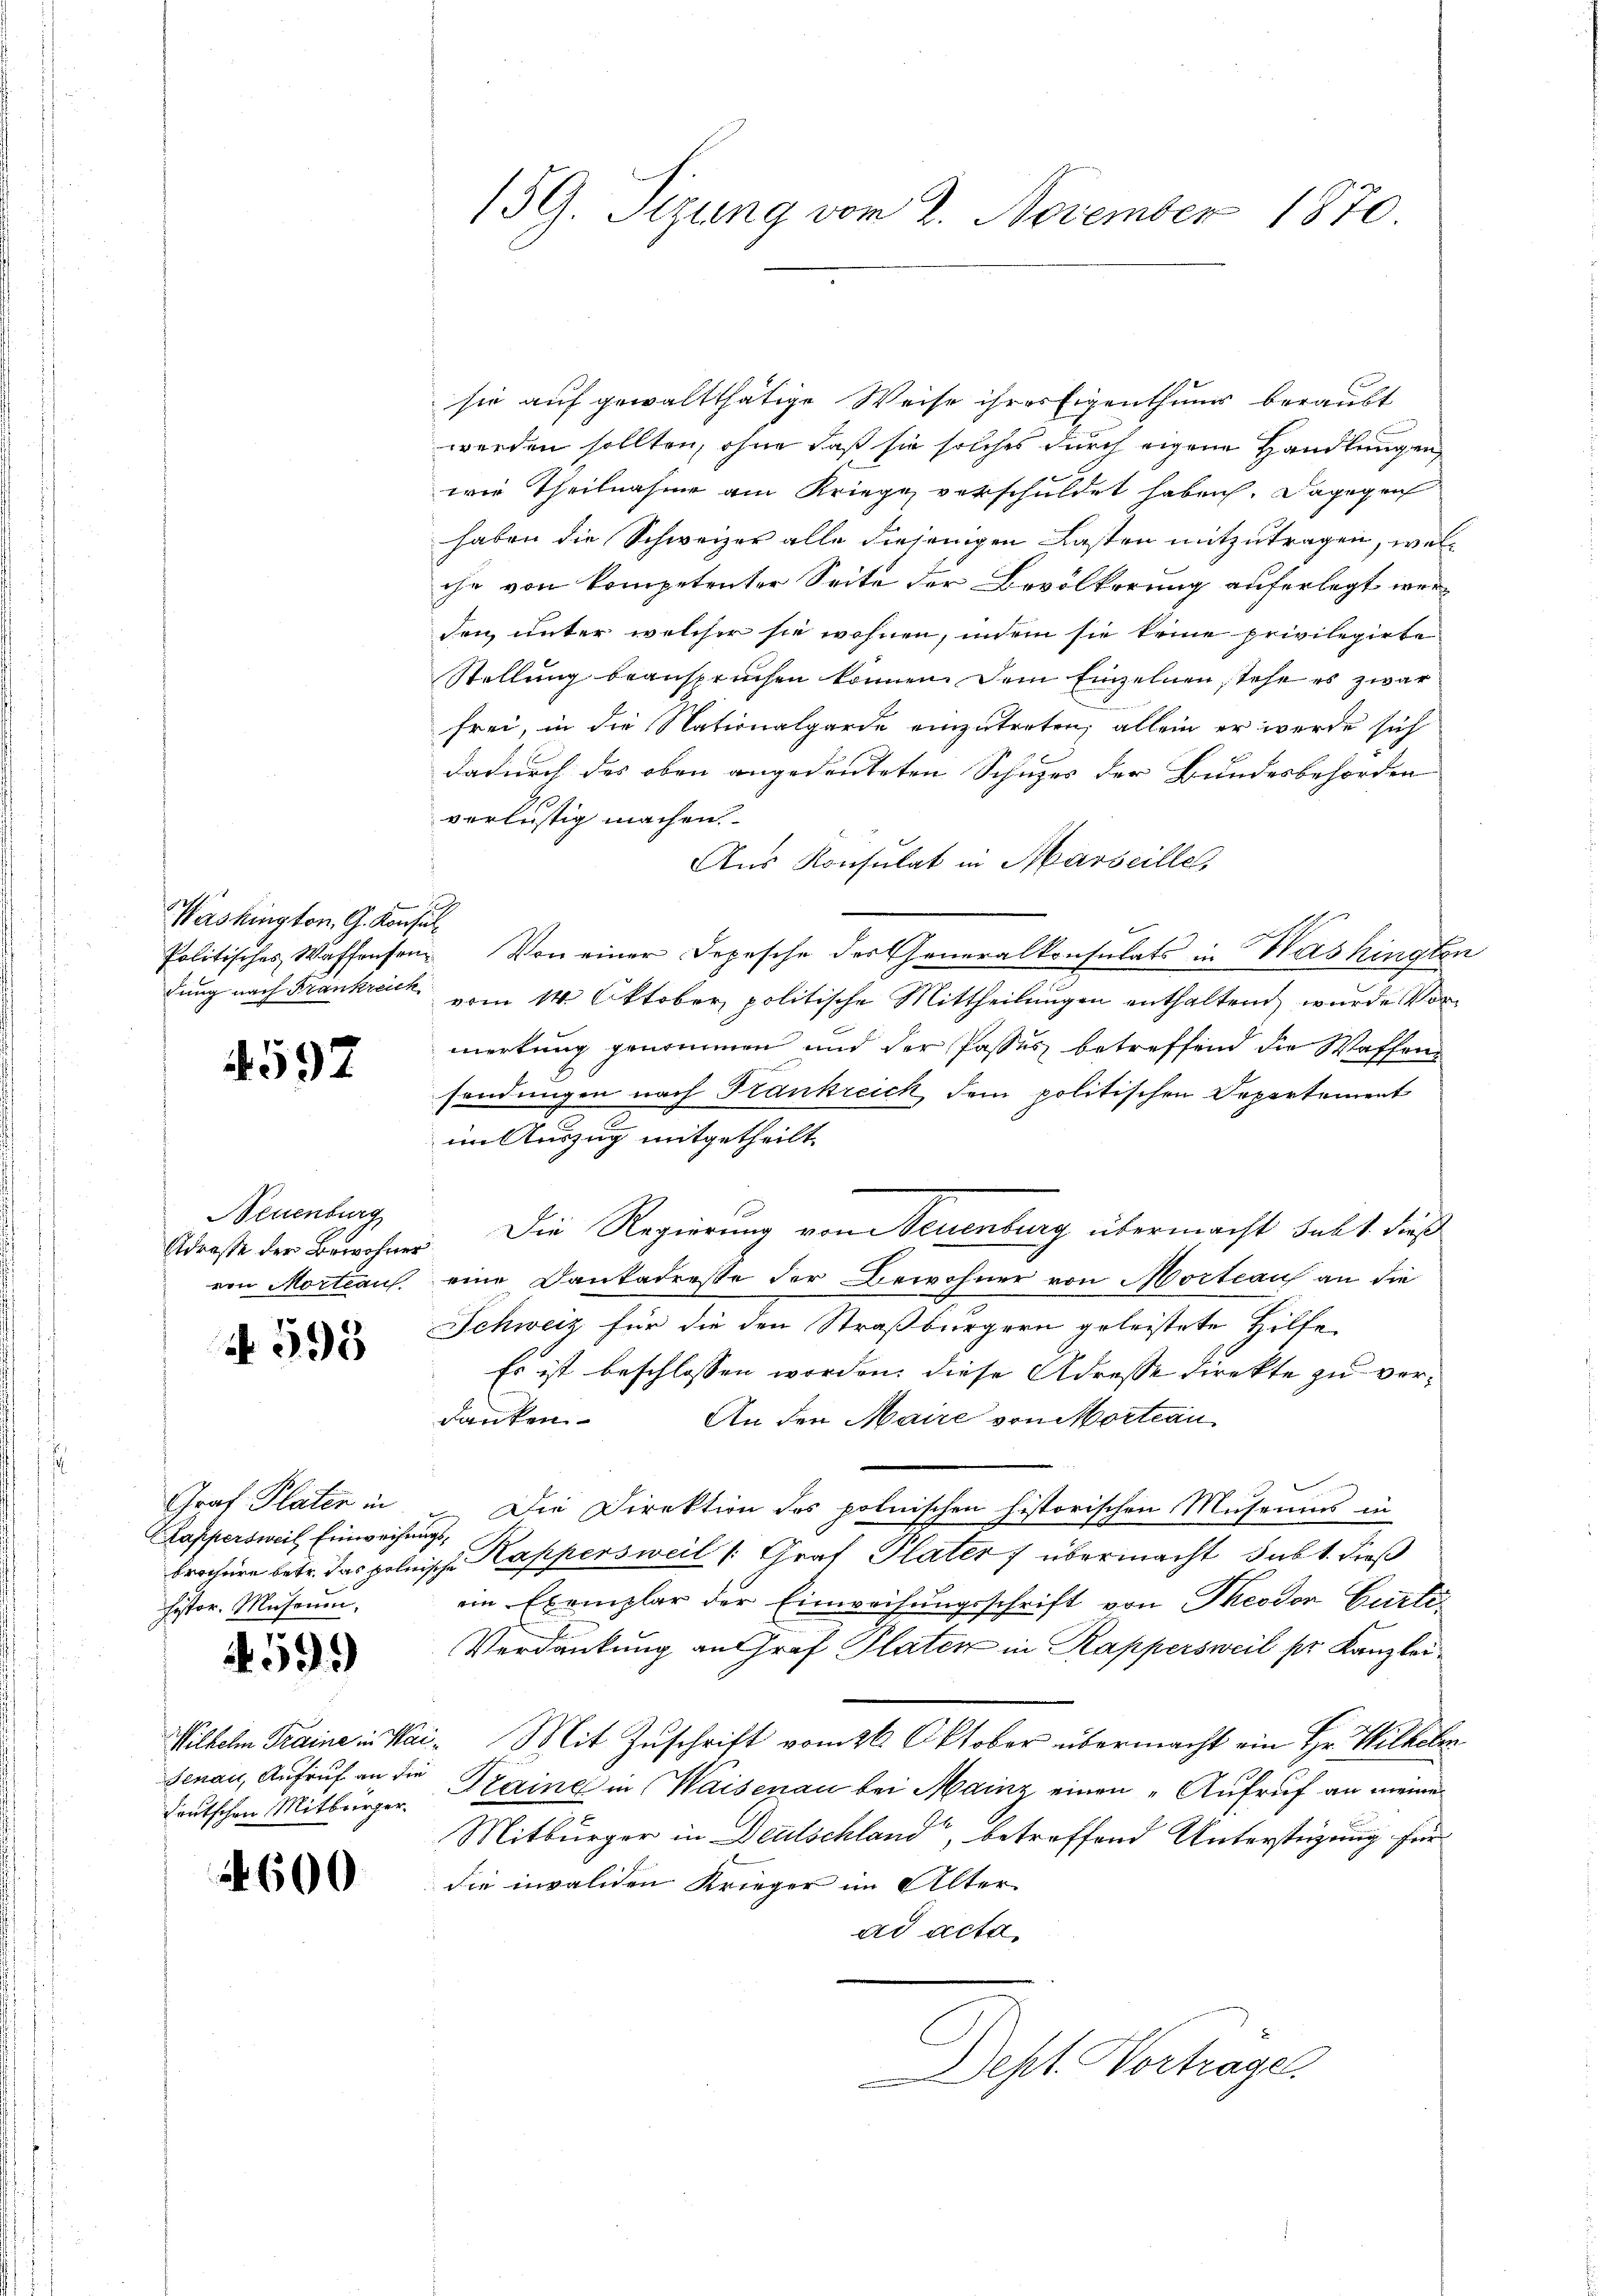
Washington, G. Konsul¬

4592

Neuenburg
von Mortiaus

N 595

Graf Plater in
Klappersweil Einweisungshistor. Museum.

459)

Genau, Aufruf an die
teutschen Mitbürger

600

sie auf gewaltthätige Weise ihres Eigenthums beraubt
werden sollten, ohne daß sie solches durch eigene Handlungen
wie Theilnahme am Kriege verschuldet haben. Dagegen
haben die Schweizer alle diejenigen Lasten mitzutragen, welche von kompetenter Seite der Bevölkerung auferlegt werden, unter welcher sie wohnen, indem sie keine privilegirte
Stellung beanspruchen können. Dem Einzelnen stehe es zwar
frei, in die Nationalgarde einzutreten; allein er werde sich
dadurch des oben angedeuteten Schuzes der Bundesbehörden
verlustig machen.
Aus Konsulat in Marseille,
Politisches Waffensen. Von einer Depesche der Generalkonsulats in Washingten
dung nach Frankreich vom 14. Oktober politische Mittheilungen enthaltend wurde von
merkung genommen und der Passes betreffend die Waffen
sendungen nach Krankreich dem politischen Departement
im Auszug mitgetheilt.
Straße der Bewohner. Die Regierung von Neuenburg übermacht satt. dieß
eine Conkadreste der Bewohner von Mortrauf an die
Schweiz für die den Straßburgern geleistete Hilfe
Es ist beschlossen worden, diese Adresse direkte zu verdanken. An den Maire von Vortrau
Die Direktion des polnischen historischen Museums in
brochere betr. das polnische Kappersweil (Graf Plater) übermacht subt dieß
iin Exemplar der Einweihungsschrift von Theodor Curti¬
Verdankung an Graf Platen in Rappersweil pr Kanzlei¬
Wilhelm Traine in Wai- Mit Zuschrift vom 26. Oktober übermacht ein Hr. Wilkebr
Kzaine in Waisenau bei Mainz einen „Aufruf an meine
Mitbürger in Deutschland, betreffend Unterstüzung für
die invaliden Krieger im Alter
ad acta.
Dept. Vortrage.

159. Sizung vom 2. November 1870.